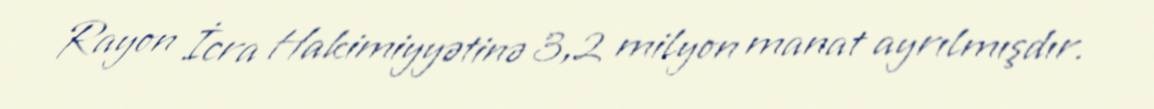
Rayon İcra Hakimiyyətinə 3,2 milyon manat ayrılmışdır.